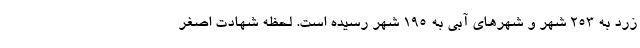
زرد به ۲۵۳ شهر و شهرهای آبی به ۱۹۵ شهر رسیده است. لحظه شهادت اصغر